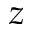
z